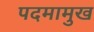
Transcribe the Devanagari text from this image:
पदमामुख